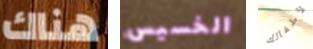
هناك الخسيس لأطفالك